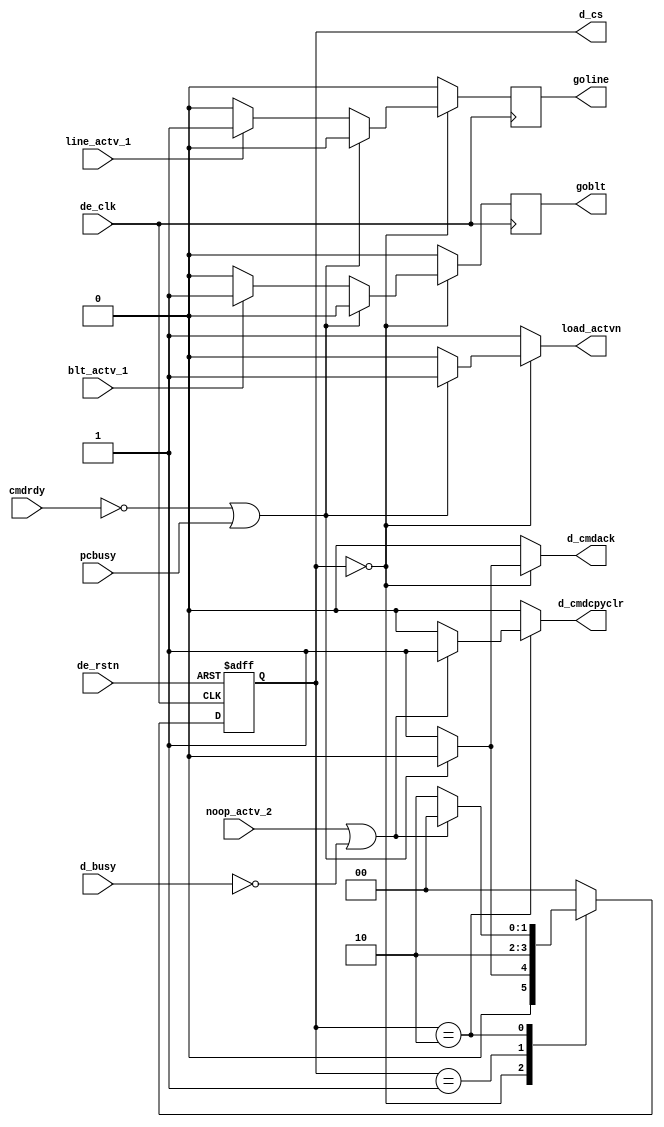
module dex_smdisp
	(
	 input		de_clk,
	 input		de_rstn,
	 input		d_busy,
	 input		cmdrdy,
	 input		pcbusy,
	 input		line_actv_1,
	 input		blt_actv_1,
	 input		noop_actv_2,

	output	reg	goline,
	output	reg	goblt,
	output	reg	d_cmdack,
	output	reg	d_cmdcpyclr,
	output	reg	load_actvn,
	// For test only.
	 output	reg	[1:0]	d_cs
	);

/****************************************************************/
/* 			DEFINE PARAMETERS			*/
/****************************************************************/
/* define state parameters */
parameter
	IDLE=2'b00,
	DECODE=2'b01,
	BUSY=2'b10;

/* define internal wires and make assignments 	*/
// reg	[1:0]	d_cs;
reg	[1:0]	d_ns;

/* create the state register */
always @(posedge de_clk or negedge de_rstn) 
	begin
		if(!de_rstn)d_cs <= 2'b0;
		else d_cs <= d_ns;
	end
reg	igoblt;
reg	igoline;
always @(posedge de_clk) goline <= igoline;
always @(posedge de_clk) goblt <= igoblt;

always @* begin
		d_cmdack=1'b0;
		d_cmdcpyclr=1'b0;
		load_actvn=1'b1;
		igoline=1'b0;
		igoblt=1'b0;
		case(d_cs) /* synopsys parallel_case */
			IDLE:	if(!cmdrdy || pcbusy)d_ns=IDLE;
				else begin
					load_actvn=1'b0;
					d_cmdack=1'b1;
					d_ns=DECODE;
					if(line_actv_1) igoline=1'b1;
					if(blt_actv_1)  igoblt=1'b1;
				end

			DECODE:	d_ns=BUSY;

		  BUSY:	begin
		    if((noop_actv_2) || !d_busy)
		      begin
			d_ns=IDLE;
			d_cmdcpyclr=1'b1;
		      end
		    else d_ns=BUSY;
		  end
		  default: begin
					d_ns=IDLE;
					d_cmdcpyclr=1'b0;
					load_actvn=1'b1;
					d_cmdack=1'b0;
				end
		endcase
	end

endmodule